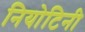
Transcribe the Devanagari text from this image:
नियोटिनी